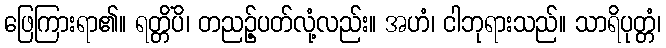
ဖြေကြားရာ၏။ ရတ္တိံပိ၊ တညဉ့်ပတ်လုံ့လည်း။ အဟံ၊ ငါဘုရားသည်။ သာရိပုတ္တံ၊